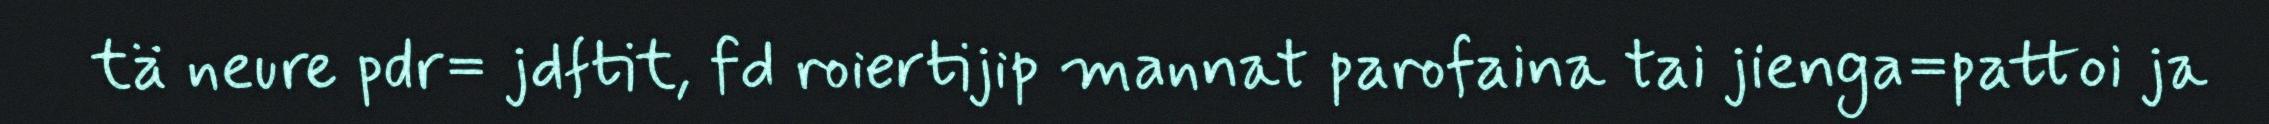
tä neure pdr= jdftit, fd roiertijip mannat parofaina tai jienga=pattoi ja